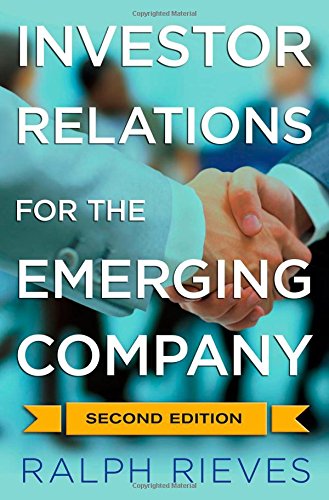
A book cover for Investor Relations for the Emerging Company; Ralph A. Rieves; Business & Money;